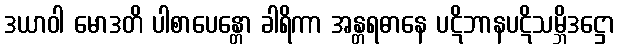
ဒယာဝါ မောဒတိ ပါစာပေန္တော ခါရိကာ အန္တရဓာနေ ပဋိဘာနပဋိသမ္ဘိဒဋ္ဌော